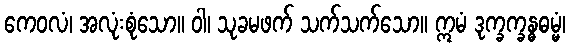
ကေဝလံ၊ အလုံးစုံသော။ ဝါ၊ သုခမဖက် သက်သက်သော။ ဣမံ ဒုက္ခက္ခန္ဓဓမ္မံ၊